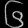
Digit: ၆